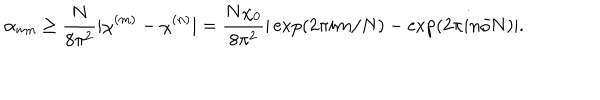
\alpha _ { m n } \geq \frac { N } { 8 \pi ^ { 2 } } | \chi ^ { ( m ) } - \chi ^ { ( n ) } | = \frac { N \chi _ { 0 } } { 8 \pi ^ { 2 } } | \exp ( 2 \pi i m / N ) - \exp ( 2 \pi i n / N ) | .